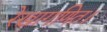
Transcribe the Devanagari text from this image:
रेखागणित।